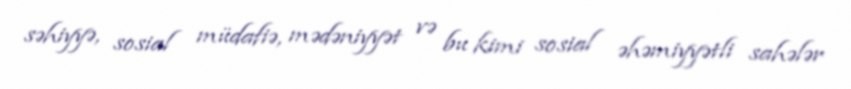
səhiyyə, sosial müdafiə, mədəniyyət və bu kimi sosial əhəmiyyətli sahələr